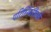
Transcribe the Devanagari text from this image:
परिस्थितीम्ळे